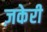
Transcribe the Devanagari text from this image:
ज़केरी